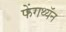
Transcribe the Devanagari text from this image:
फेंगथ्यॅन